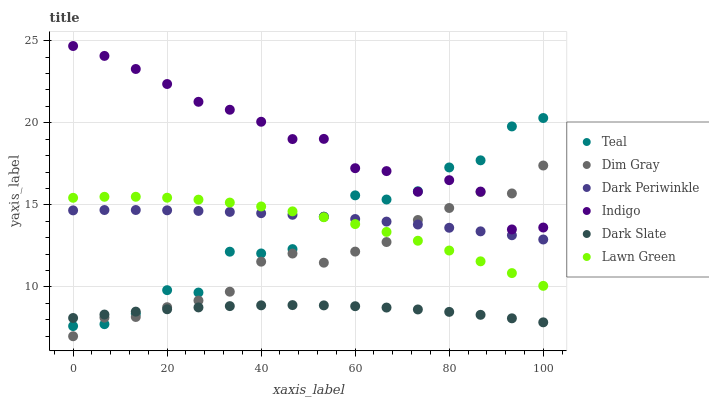
| xaxis_label | Teal | Dim Gray | Dark Periwinkle | Indigo | Dark Slate | Lawn Green |
 | --- | --- | --- | --- | --- | --- | --- |
 | 0 | 7.62 | 7 | 14.7 | 24.7 | 8.11 | 15.4 |
 | 6.67 | 7.74 | 8.13 | 14.7 | 24.1 | 8.32 | 15.5 |
 | 13.3 | 8.37 | 8.17 | 14.7 | 23.3 | 8.5 | 15.5 |
 | 20 | 9.81 | 8.77 | 14.7 | 22.4 | 8.64 | 15.4 |
 | 26.7 | 9.66 | 9.17 | 14.6 | 21.3 | 8.76 | 15.3 |
 | 33.3 | 12.1 | 9.71 | 14.6 | 20.8 | 8.84 | 15.1 |
 | 40 | 12 | 11.5 | 14.5 | 20.1 | 8.88 | 14.9 |
 | 46.7 | 12.3 | 12 | 14.4 | 19 | 8.9 | 14.6 |
 | 53.3 | 14.3 | 11.5 | 14.3 | 19 | 8.88 | 14.2 |
 | 60 | 15.6 | 12.2 | 14.1 | 17.2 | 8.83 | 13.8 |
 | 66.7 | 15.3 | 12.7 | 14 | 17.1 | 8.75 | 13.4 |
 | 73.3 | 15.8 | 14.1 | 13.8 | 15.8 | 8.63 | 12.8 |
 | 80 | 17.3 | 14.8 | 13.6 | 16.5 | 8.48 | 12.2 |
 | 86.7 | 17.7 | 15.8 | 13.4 | 15.8 | 8.3 | 11.6 |
 | 93.3 | 19.8 | 15.7 | 13.1 | 13.5 | 8.09 | 10.8 |
 | 100 | 20.3 | 17.4 | 12.9 | 13.6 | 7.85 | 10.1 |